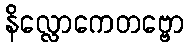
နိလ္လောကေတဗ္ဗော